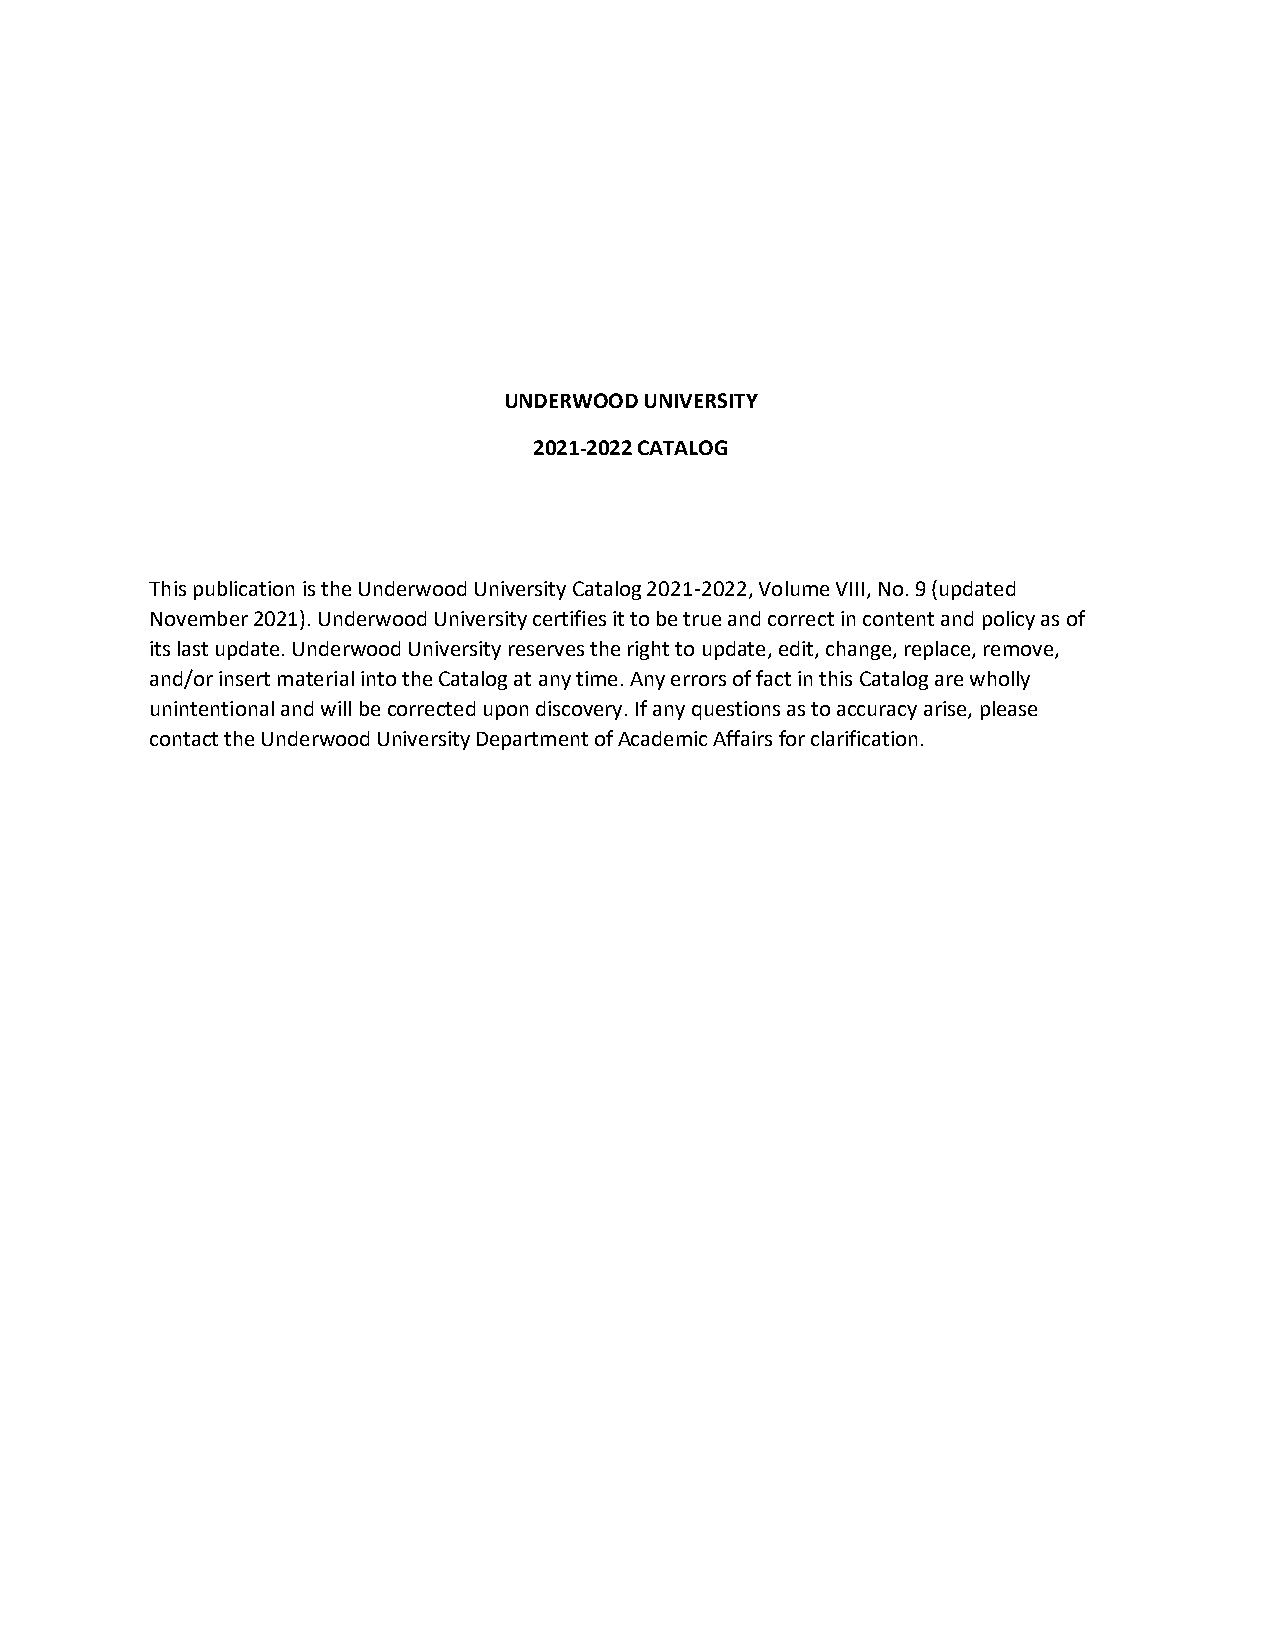
UNDERWOOD UNIVERSITY
 2021-2022 CATALOG
 This publication is the Underwood University Catalog 2021-2022, Volume VIII, No. 9 (updated
 November 2021). Underwood University certifies it to be true and correct in content and policy as of
 its last update. Underwood University reserves the right to update, edit, change, replace, remove,
 and/or insert material into the Catalog at any time. Any errors of fact in this Catalog are wholly
 unintentional and will be corrected upon discovery. If any questions as to accuracy arise, please
 contact the Underwood University Department of Academic Affairs for clarification.